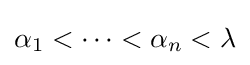
\alpha _{1}<\dots <\alpha _{n}<\lambda